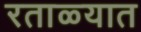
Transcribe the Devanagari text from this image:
रताळ्यात